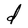
Character: d